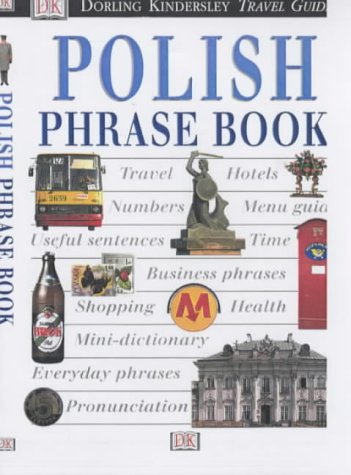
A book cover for Polish (Eyewitness Travel Guides Phrase Books); Travel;